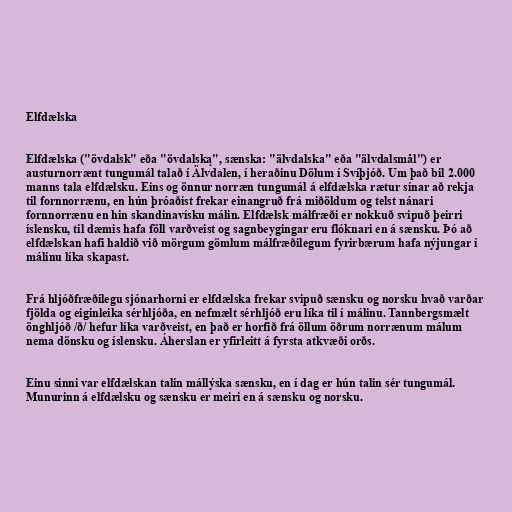
Elfdælska

Elfdælska ("övdalsk" eða "övdalską", sænska: "älvdalska" eða "älvdalsmål") er
austurnorrænt tungumál talað í Älvdalen, í heraðinu Dölum í Svíþjóð. Um það bil 2.000
manns tala elfdælsku. Eins og önnur norræn tungumál á elfdælska rætur sínar að rekja
til fornnorrænu, en hún þróaðist frekar einangruð frá miðöldum og telst nánari
fornnorrænu en hin skandinavísku málin. Elfdælsk málfræði er nokkuð svipuð þeirri
íslensku, til dæmis hafa föll varðveist og sagnbeygingar eru flóknari en á sænsku. Þó að
elfdælskan hafi haldið við mörgum gömlum málfræðilegum fyrirbærum hafa nýjungar í
málinu líka skapast.

Frá hljóðfræðilegu sjónarhorni er elfdælska frekar svipuð sænsku og norsku hvað varðar
fjölda og eiginleika sérhljóða, en nefmælt sérhljóð eru líka til í málinu. Tannbergsmælt
önghljóð /ð/ hefur líka varðveist, en það er horfið frá öllum öðrum norrænum málum
nema dönsku og íslensku. Áherslan er yfirleitt á fyrsta atkvæði orðs.

Einu sinni var elfdælskan talin mállýska sænsku, en í dag er hún talin sér tungumál.
Munurinn á elfdælsku og sænsku er meiri en á sænsku og norsku.